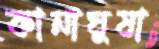
কানাঘুষা